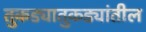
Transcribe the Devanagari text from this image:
तुकड्यातुकड्यांतील